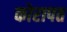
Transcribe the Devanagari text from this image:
कोरापत